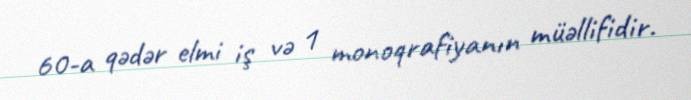
60-a qədər elmi iş və 1 monoqrafiyanın müəllifidir.